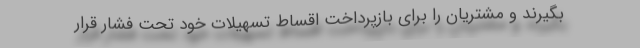
بگیرند و مشتریان را برای بازپرداخت اقساط تسهیلات خود تحت فشار قرار